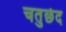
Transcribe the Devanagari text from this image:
चतुर्छेद